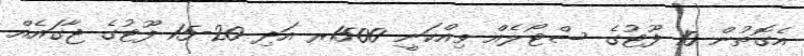
އެގޮތުން 10 ފޫޓުގެ ސްޓޯލެއް ވިއްކަނީ 1500ރ އަދި 20-15 ފޫޓުގެ ޖާގައެއް